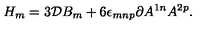
H _ { m } = 3 { \cal D } B _ { m } + 6 \epsilon _ { m n p } \partial A ^ { 1 n } A ^ { 2 p } .